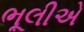
ભૂલીએ